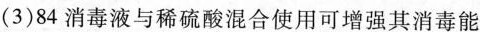
(3)84消毒液与稀硫酸混合使用可增强其消毒能